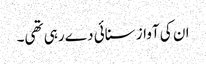
ان کی آواز سنائی دے رہی تھی۔